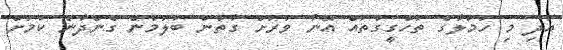
އަދި މި ހަމަލާގެ ތަހްގީގުތައް އޭނާ ވަރަށް ގާތުން ބަލަމުން ގެންދާނެ ކަމަށް